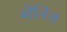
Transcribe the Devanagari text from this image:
बोलिंज